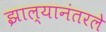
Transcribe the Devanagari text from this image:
झाल्यानंतरले